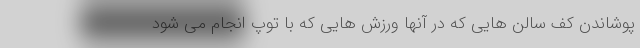
پوشاندن کف سالن هایی که در آنها ورزش هایی که با توپ انجام می ‌شود